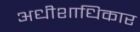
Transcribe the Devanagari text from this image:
अधीशाधिकार